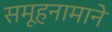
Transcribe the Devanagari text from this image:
समूहनामाने